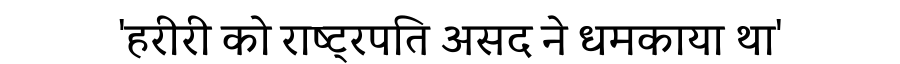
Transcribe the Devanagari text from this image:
'हरीरी को राष्ट्रपति असद ने धमकाया था'